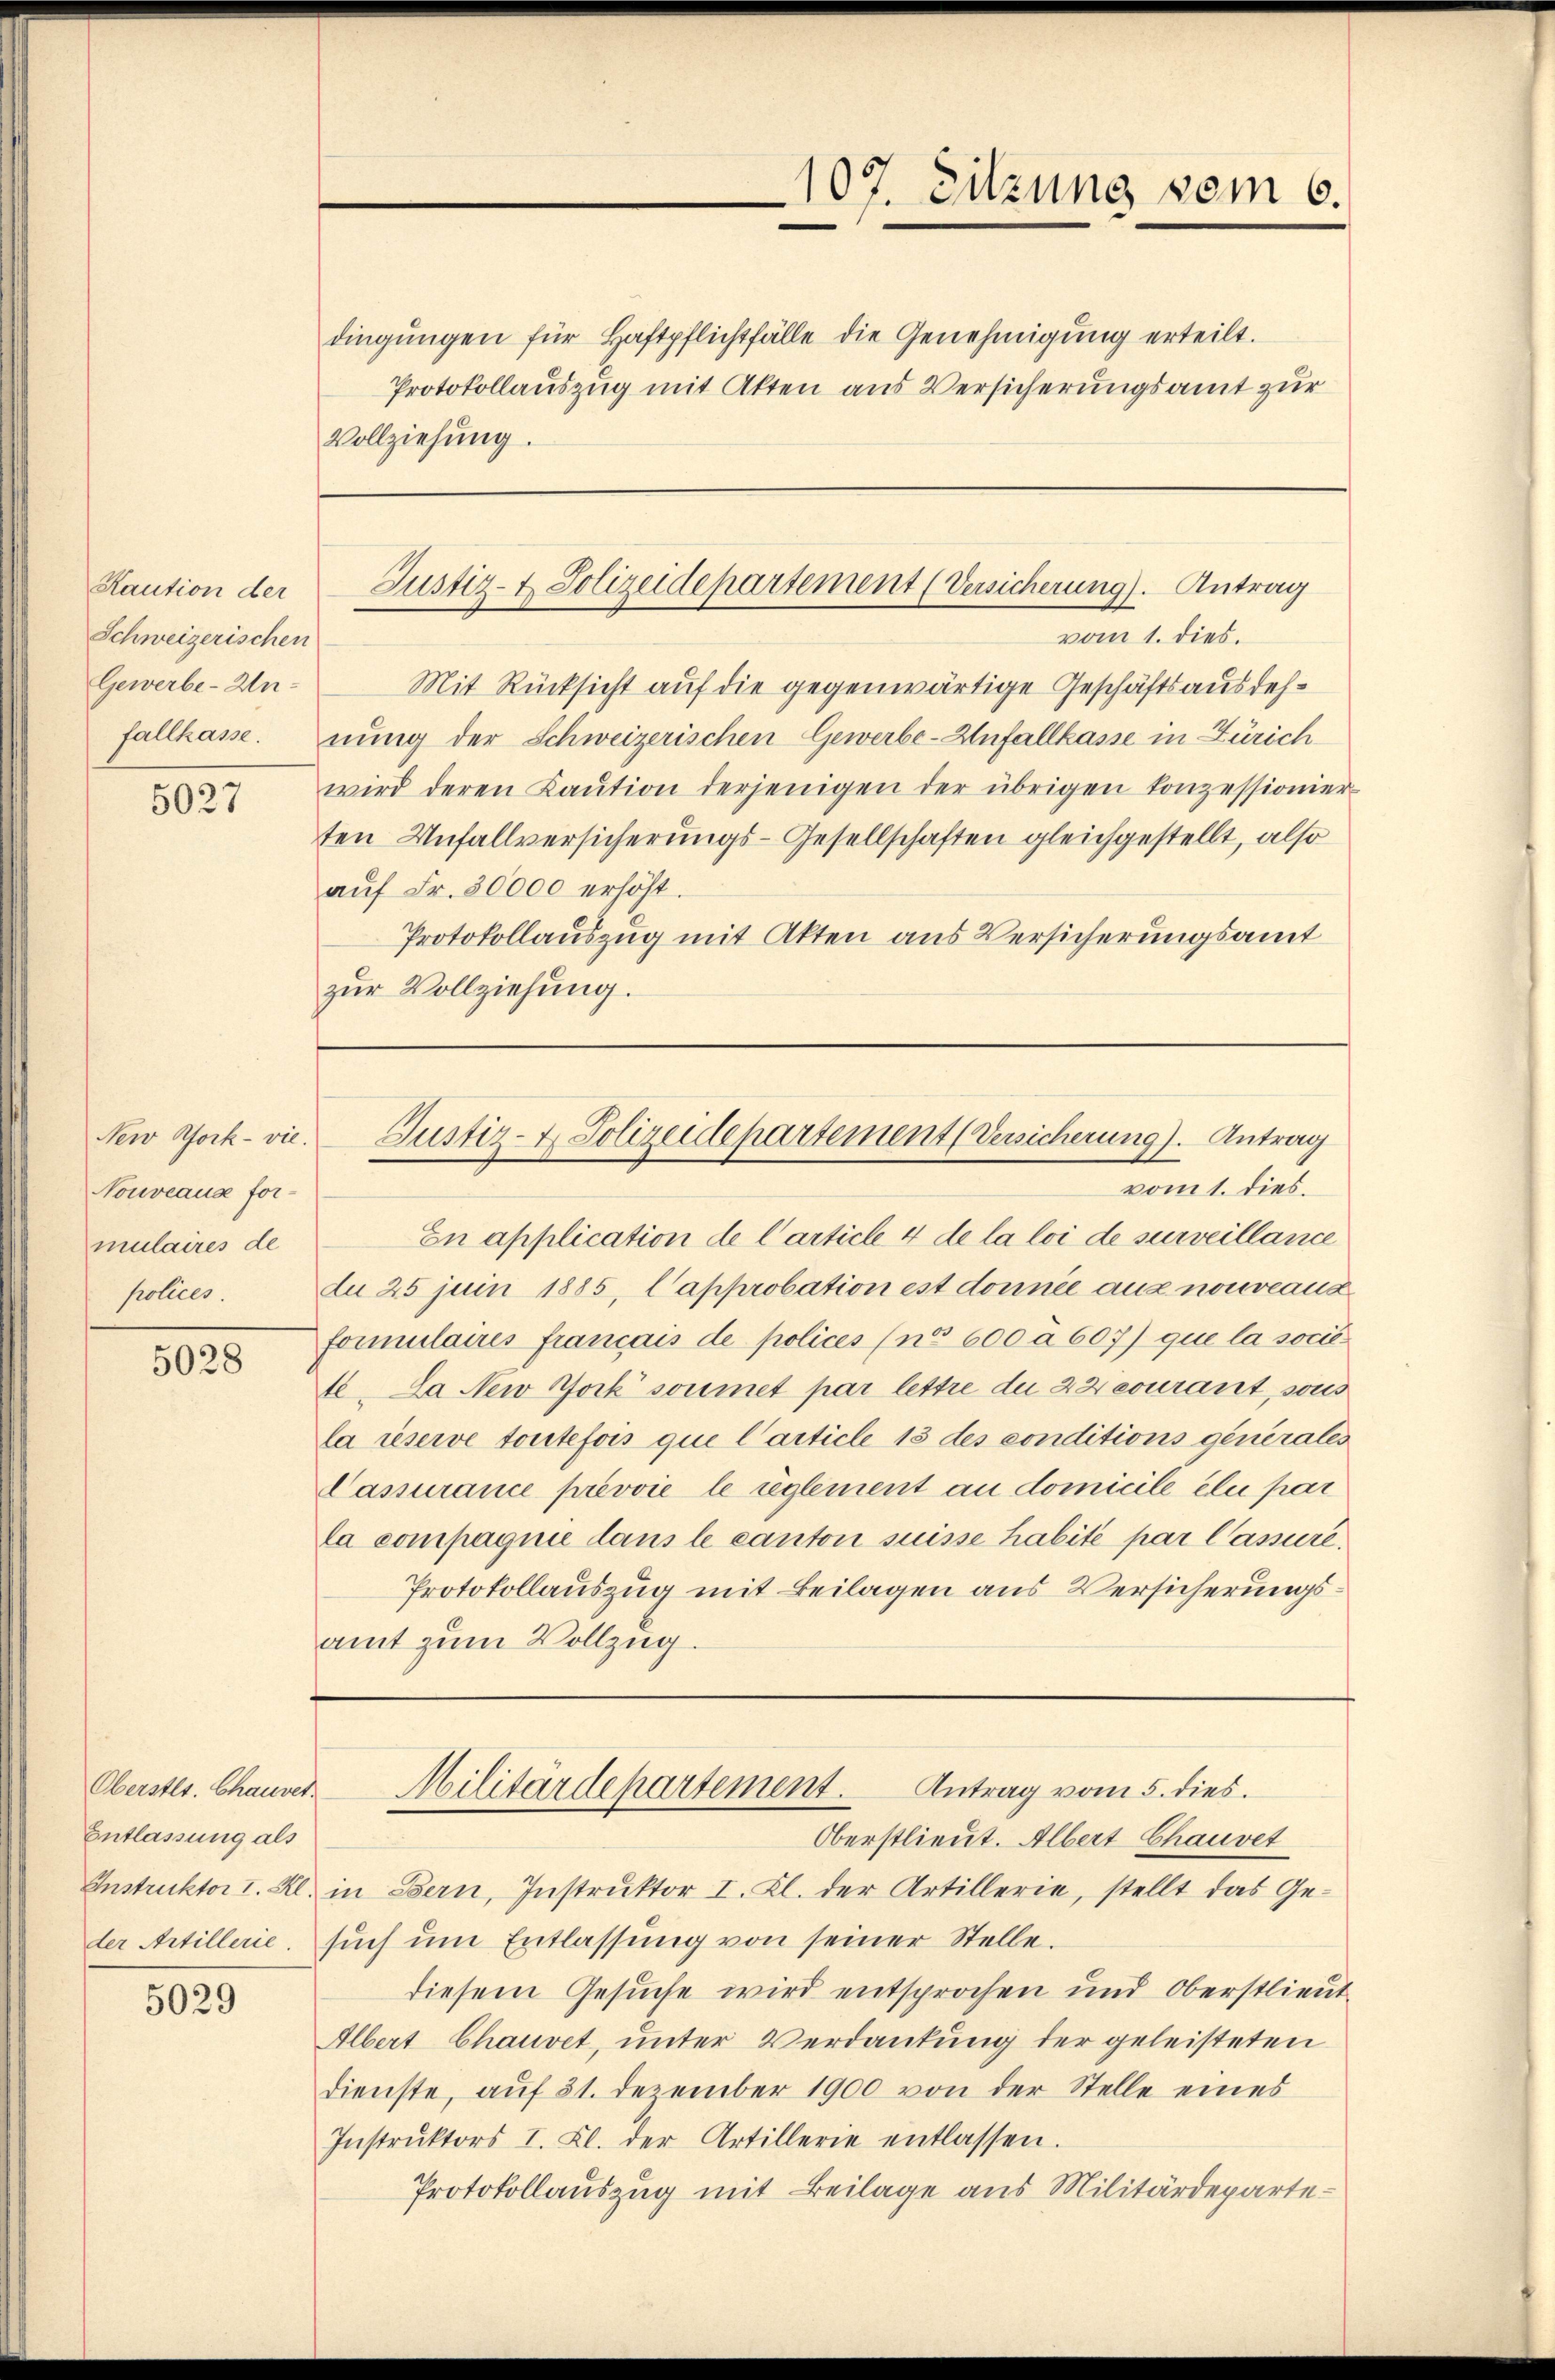
Kaution der
Schweizerischen
Gewerbe-Unfallkasse.

5027

New York - vie.
Nouveaus for-
mulaires de
polices.

5028

Oberster. Chausel
Entlassung als
Instruktor I. Kl.
der Artillerie.

5029

dingungen für Haftpflichtfälle die Genehmigung erteilt.
Protokollauszug mit Akten aus Versicherungsamt zur
Vollziehung.

107. Sitzung vom 6.

vom 1. dies.
Mit Rücksicht auf die gegenwärtige Geschäftsausdehnung der Schweizerischen Gewerbe-Unfallkasse in Zürich
wird deren Kaŭtion derjenigen der übrigen Konzessionier
ten Unfallversicherungs-Gesellschaften gleichgestellt, also
aŭf Fr. 30000 erhöht.
Protokollauszug mit Akten aus Versicherungsamt
zur Vollziehung.

Justiz- & Polizeidepartement (Versicherung). Antrag

Justiz- & Polizeidepartement (Versicherung). Antrag
vom 1. dies.

En application de Carticle 4 de la loi de surveillance
da 25 juin 1885, Capprobation est donnée aus nouveaux
formulaires francais de polices (no 600 à 607) que la socie¬
4. La New York soumet par lettre die 22 courant, sous
la réserve toutefois que l’article 13 des conditions generales
Passurance prévvie le üglement au domicile elu par
la compagnie dans le canton suisse habite par lassure,
Protokollauszug mit Beilagen aus Versicherungsamt zum Vollzug.
Antrag vom 5. dies.
Militärdepartement.
Oberstlieut. Albert Chauvet
in Bern, Instrŭktor I. Kl. der Artillerie, stellt das Ge-
sŭch ŭm Entlassŭng von seiner Stelle.
diesem Gesuche wird entsprochen und Oberstlieut
Albert Chauvet, unter Verdankung der geleisteten
dienste, aŭf 31. Dezember 1900 von der Stelle eines
Instrŭktors I. Kl. der Artillerie entlassen.
Protokollauszug mit Beilage aus Militärdeparte¬